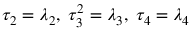
\tau _ { 2 } = \lambda _ { 2 } , \; \tau _ { 3 } ^ { 2 } = \lambda _ { 3 } , \; \tau _ { 4 } = \lambda _ { 4 }